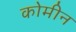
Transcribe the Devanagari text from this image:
कोमीन